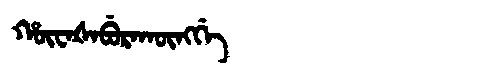
Manchu: ᡥᡡᠸᠠᡧᠠᠪᡠᡵᠠᡴᡡᠩᡤᡝ
Romanization: HŪWAŠABURAKŪNGGE